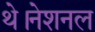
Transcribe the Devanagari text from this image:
थे।नेशनल